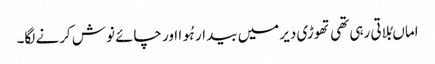
اماں بُلاتی رہی تھی تھوڑی دیر میں بیدار ہُوا اور چائے نوش کرنے لگا۔